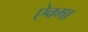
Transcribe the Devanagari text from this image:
ऐक्मा